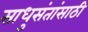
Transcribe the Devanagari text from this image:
साधुसंतांसाठी